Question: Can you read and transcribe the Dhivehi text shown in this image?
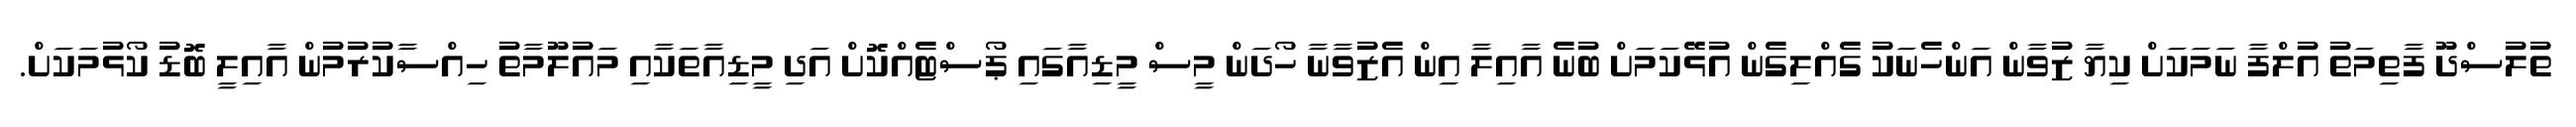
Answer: ތުލުސްދޫ ފާތިމަތު އުލްފާ ނަމަކަށް ކިޔާ ޒުވާން އަންހެނަކު ގެއްލިގެން އުޅޭކަމަށް ބުނެ އާއިލާ އިން އެޒުވާނާ ހޯދަން މީސް މީޑިއާގައި ޕޯސްޓެއްކޮށް އަދި މީޑިއާތަކާއި މައުލޫމާތު ހިއްސާކުރުމުން އާއިލީ ބޮޑު ކޯޅުމަކަށް.